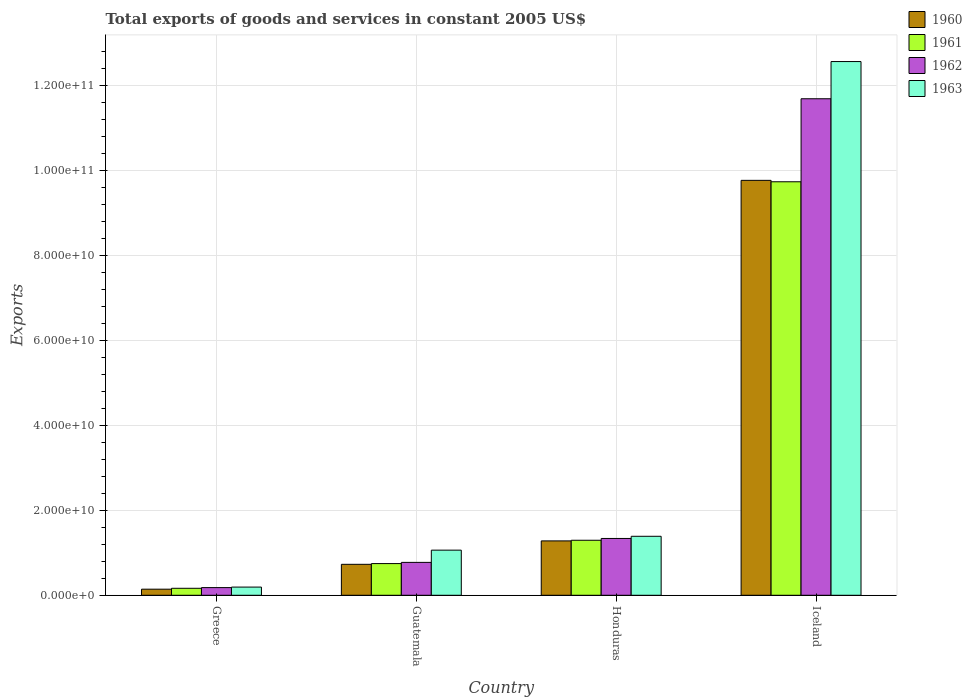
| Country | 1960 | 1961 | 1962 | 1963 |
 | --- | --- | --- | --- | --- |
 | Greece | 1.43e+09 | 1.64e+09 | 1.81e+09 | 1.93e+09 |
 | Guatemala | 7.29e+09 | 7.46e+09 | 7.75e+09 | 1.06e+10 |
 | Honduras | 1.28e+10 | 1.3e+10 | 1.34e+10 | 1.39e+10 |
 | Iceland | 9.77e+10 | 9.74e+10 | 1.17e+11 | 1.26e+11 |